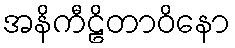
အနိကီဠိတာဝိနော